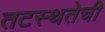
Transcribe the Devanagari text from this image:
तटस्थतेची